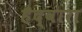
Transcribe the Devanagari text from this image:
हैद्वारा